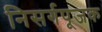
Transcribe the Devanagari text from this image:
निसर्गपूजक